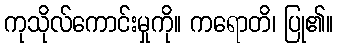
ကုသိုလ်ကောင်းမှုကို။ ကရောတိ၊ ပြု၏။